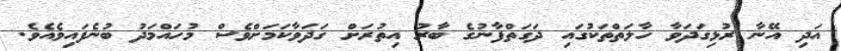
އަދި އޭނާ ރުޅިގަދަވާ ހާލަތްތަކުގައި ދަގަތްފާނުގެ ބާރު އިތުރަށް ގަދަވާކަމަށްވެސް މުހައްމަދު ބުނެފައިވެއެވެ.